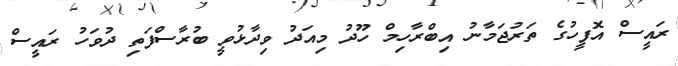
ރައީސް އޮފީހުގެ ތަރުޖަމާނު އިބްރާހިމް ހޫދު މިއަދު ވިދާޅުވީ ބުރާސްފަތި ދުވަހު ރައީސް